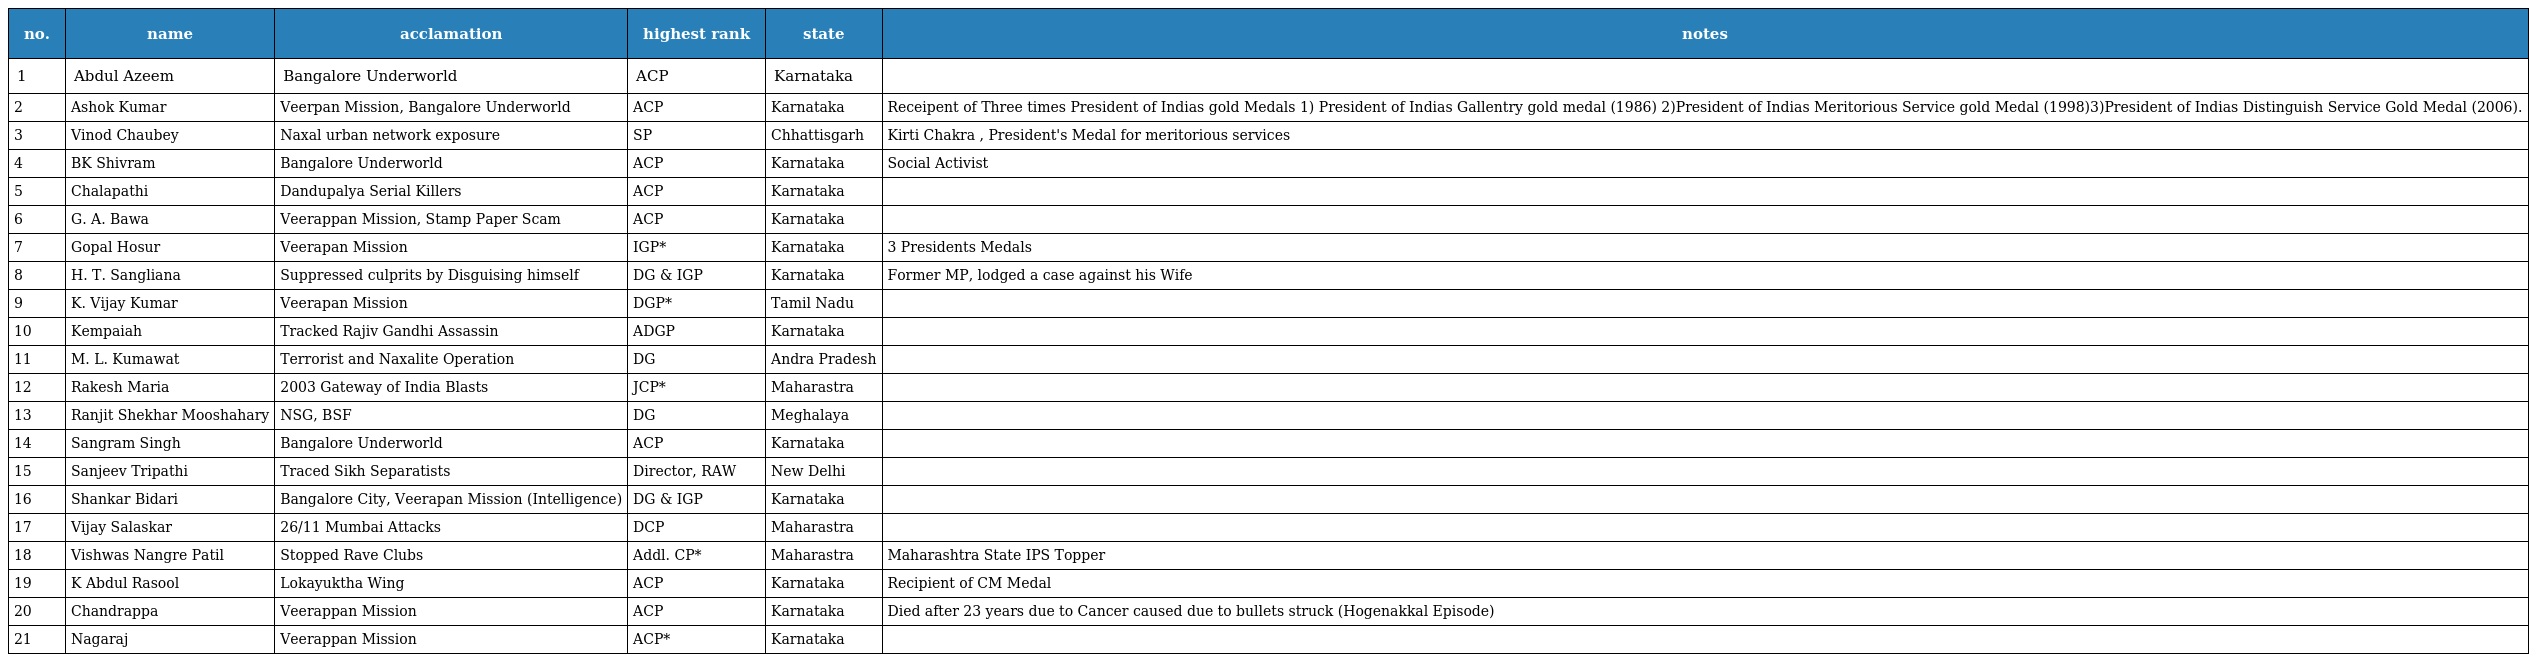
| no. | name | acclamation | highest rank | state | notes |
 | --- | --- | --- | --- | --- | --- |
 | 1 | Abdul Azeem | Bangalore Underworld | ACP | Karnataka |  |
 | 2 | Ashok Kumar | Veerpan Mission, Bangalore Underworld | ACP | Karnataka | Receipent of Three times President of Indias gold Medals 1) President of Indias Gallentry gold medal (1986) 2)President of Indias Meritorious Service gold Medal (1998)3)President of Indias Distinguish Service Gold Medal (2006). |
 | 3 | Vinod Chaubey | Naxal urban network exposure | SP | Chhattisgarh | Kirti Chakra , President's Medal for meritorious services |
 | 4 | BK Shivram | Bangalore Underworld | ACP | Karnataka | Social Activist |
 | 5 | Chalapathi | Dandupalya Serial Killers | ACP | Karnataka |  |
 | 6 | G. A. Bawa | Veerappan Mission, Stamp Paper Scam | ACP | Karnataka |  |
 | 7 | Gopal Hosur | Veerapan Mission | IGP* | Karnataka | 3 Presidents Medals |
 | 8 | H. T. Sangliana | Suppressed culprits by Disguising himself | DG & IGP | Karnataka | Former MP, lodged a case against his Wife |
 | 9 | K. Vijay Kumar | Veerapan Mission | DGP* | Tamil Nadu |  |
 | 10 | Kempaiah | Tracked Rajiv Gandhi Assassin | ADGP | Karnataka |  |
 | 11 | M. L. Kumawat | Terrorist and Naxalite Operation | DG | Andra Pradesh |  |
 | 12 | Rakesh Maria | 2003 Gateway of India Blasts | JCP* | Maharastra |  |
 | 13 | Ranjit Shekhar Mooshahary | NSG, BSF | DG | Meghalaya |  |
 | 14 | Sangram Singh | Bangalore Underworld | ACP | Karnataka |  |
 | 15 | Sanjeev Tripathi | Traced Sikh Separatists | Director, RAW | New Delhi |  |
 | 16 | Shankar Bidari | Bangalore City, Veerapan Mission (Intelligence) | DG & IGP | Karnataka |  |
 | 17 | Vijay Salaskar | 26/11 Mumbai Attacks | DCP | Maharastra |  |
 | 18 | Vishwas Nangre Patil | Stopped Rave Clubs | Addl. CP* | Maharastra | Maharashtra State IPS Topper |
 | 19 | K Abdul Rasool | Lokayuktha Wing | ACP | Karnataka | Recipient of CM Medal |
 | 20 | Chandrappa | Veerappan Mission | ACP | Karnataka | Died after 23 years due to Cancer caused due to bullets struck (Hogenakkal Episode) |
 | 21 | Nagaraj | Veerappan Mission | ACP* | Karnataka |  |